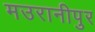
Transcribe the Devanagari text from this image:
मउरानीपुर